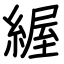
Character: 䌂